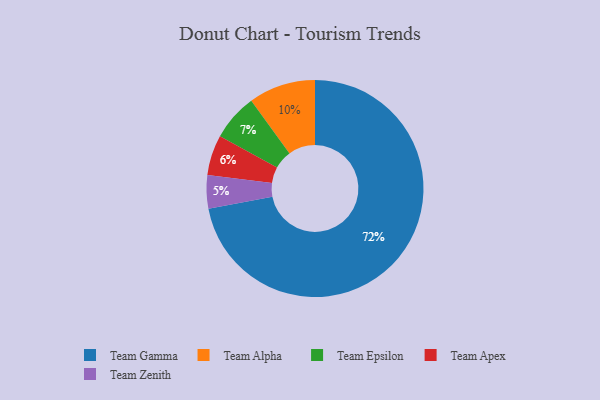
{"axis": {"x": "Category", "y": "Percentage"}, "legend": ["Team Alpha", "Team Apex", "Team Epsilon", "Team Gamma", "Team Zenith"], "data": [{"x": "Team Gamma", "y": 72, "type": "Team Gamma"}, {"x": "Team Zenith", "y": 5, "type": "Team Zenith"}, {"x": "Team Epsilon", "y": 7, "type": "Team Epsilon"}, {"x": "Team Apex", "y": 6, "type": "Team Apex"}, {"x": "Team Alpha", "y": 10, "type": "Team Alpha"}]}